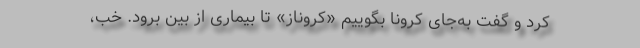
کرد و گفت به‌جای کرونا بگوییم «کروناز» تا بیماری از بین برود. خب،